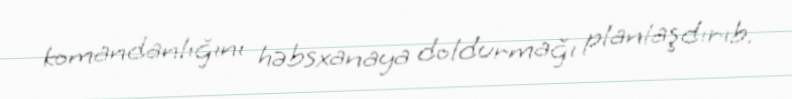
komandanlığını həbsxanaya doldurmağı planlaşdırıb.